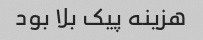
هزینه پیک بلا بود